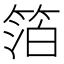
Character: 箔